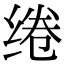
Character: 绻